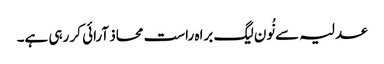
عدلیہ سے نُون لیگ براہ راست محاذ آرائی کر رہی ہے۔